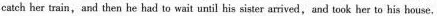
catch her train, and then he had to wait until his sister arrived, and took her to his house,